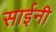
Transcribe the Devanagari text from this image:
साईनी